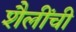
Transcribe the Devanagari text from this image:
शैलींची